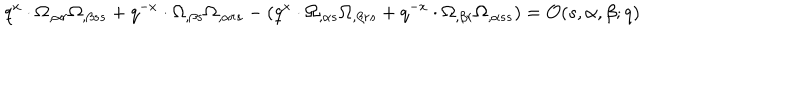
q ^ { x } \cdot \Omega _ { , \alpha r } \Omega _ { , \beta s s } + q ^ { - x } \cdot \Omega _ { , \beta s } \Omega _ { , \alpha r s } - ( q ^ { x } \cdot \Omega _ { , \alpha s } \Omega _ { , \beta r s } + q ^ { - x } \cdot \Omega _ { , \beta r } \Omega _ { , \alpha s s } ) = { \cal O } ( s , \alpha , \beta ; q )